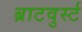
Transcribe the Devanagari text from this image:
ब्राटवुर्स्ट